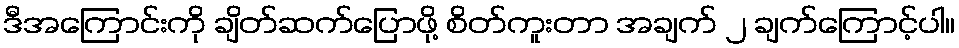
ဒီအကြောင်းကို ချိတ်ဆက်ပြောဖို့ စိတ်ကူးတာ အချက် ၂ ချက်ကြောင့်ပါ။